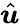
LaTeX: \hat{\boldsymbol{u}}